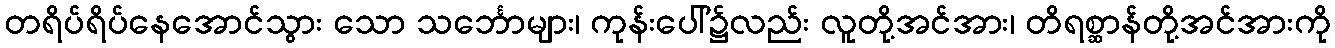
တရိပ်ရိပ်နေအောင်သွား သော သင်္ဘောများ၊ ကုန်းပေါ်၌လည်း လူတို့အင်အား၊ တိရစ္ဆာန်တို့အင်အားကို